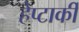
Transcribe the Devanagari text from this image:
हेप्टार्की